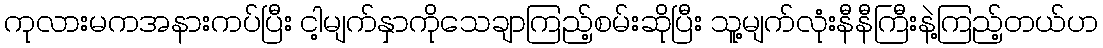
ကုလားမကအနားကပ်ပြီး ငါ့မျက်နှာကိုသေချာကြည့်စမ်းဆိုပြီး သူ့မျက်လုံးနီနီကြီးနဲ့ကြည့်တယ်ဟ